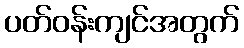
ပတ်ဝန်းကျင်အတွက်